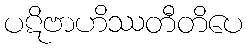
ပဋိဗာဟိဿတီတိပေ